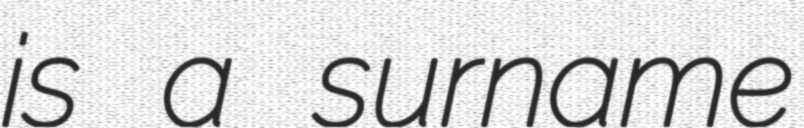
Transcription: is a surname